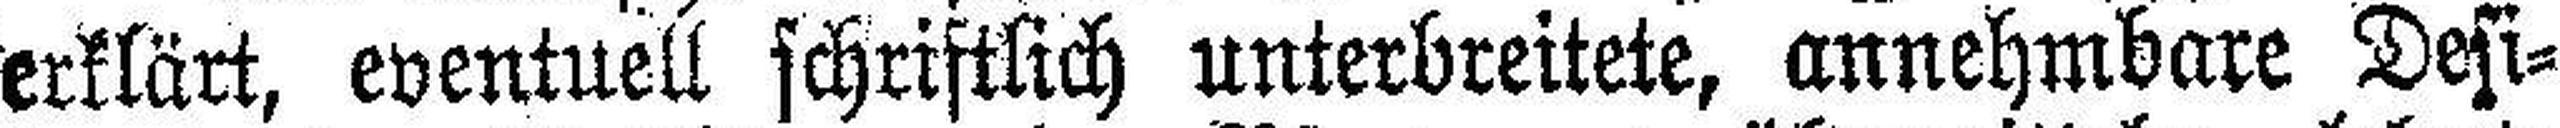
erklärt, eventuell schriftlich unterbreitete, annehmbare Desi¬